65_HS1-834228961_62-HQ-83894_Serial_164
Agency: FBI
Page 26
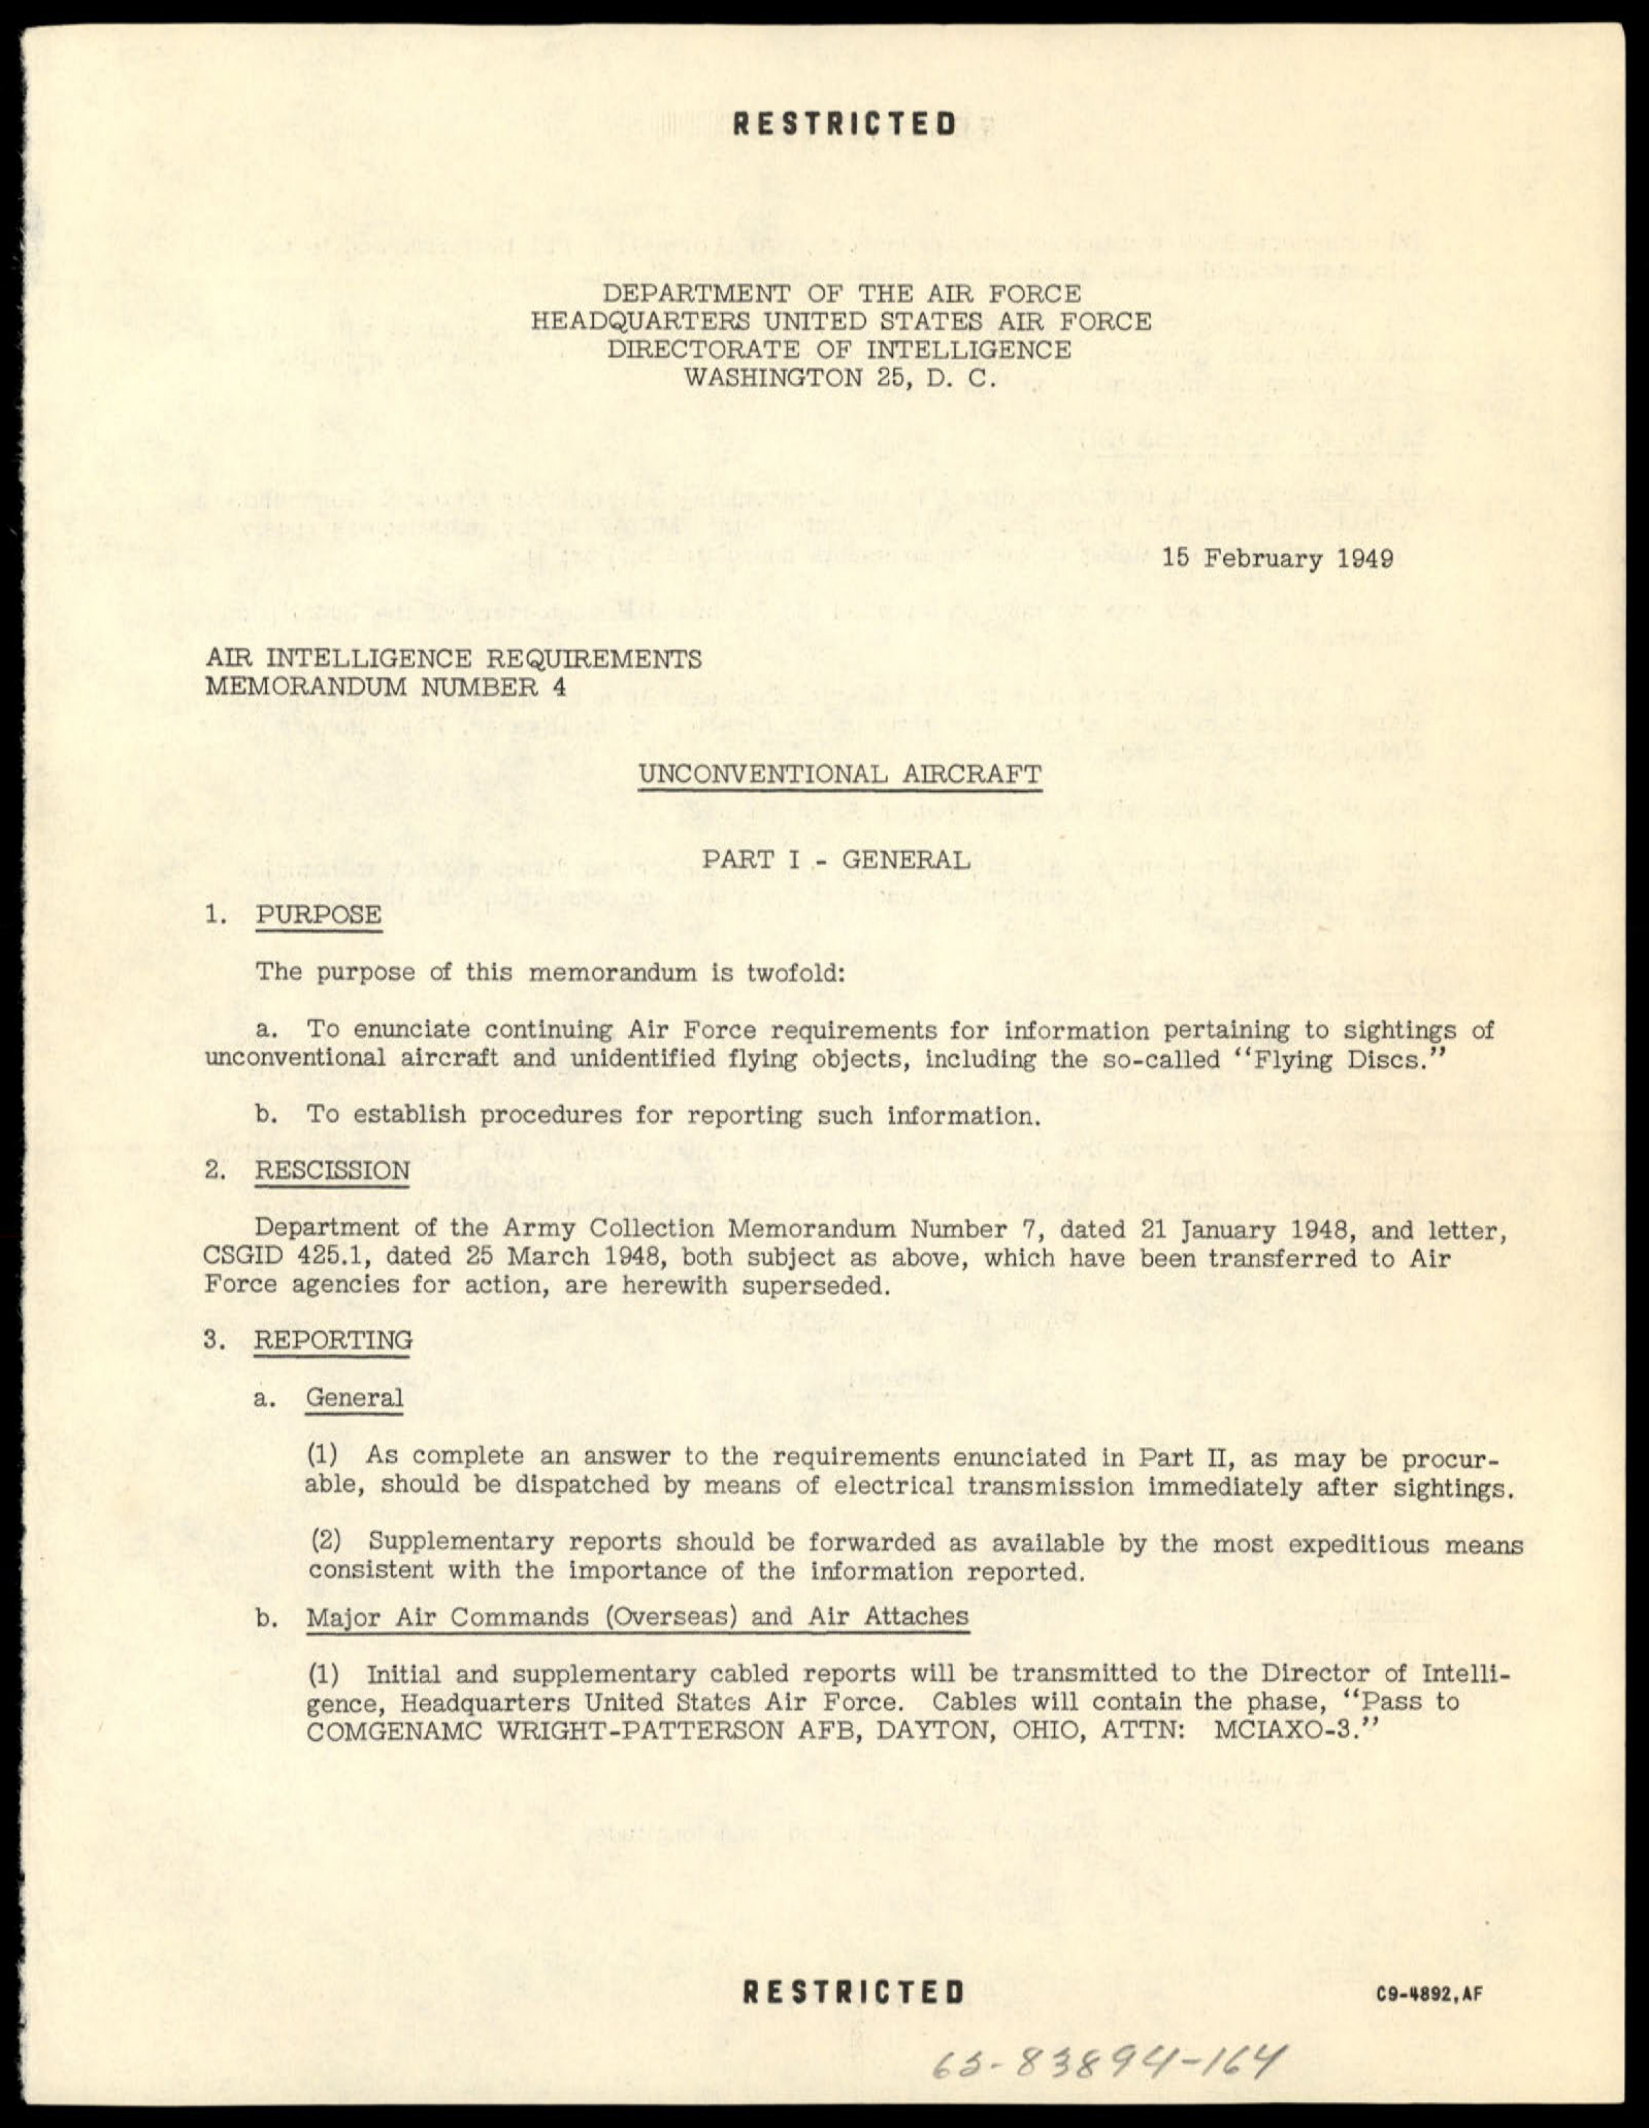